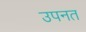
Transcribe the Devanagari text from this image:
उपनत